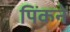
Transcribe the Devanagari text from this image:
पिंकने